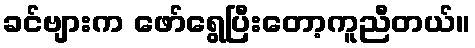
ခင်ဗျားက ဖော်ရွေပြီးတော့ကူညီတယ်။